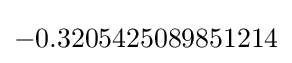
-0.3205425089851214